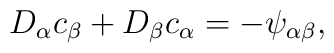
D_{\alpha}c_{\beta} + D_{\beta}c_{\alpha} = - \psi_{\alpha\beta},